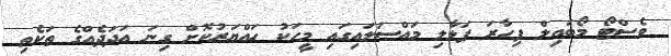
ވެސްޓޯ މޯބައިލް ފިހާރަ ފަޅާލި މައްސަލައިގައި މީހަކު ހައްޔަރުކޮށް ގިނަ އަދަދެއްގެ ތަކެތި